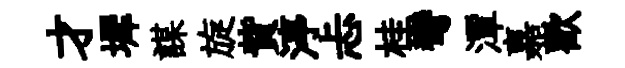
才墀謀旋貲渟忐桂彎潭嘉歡